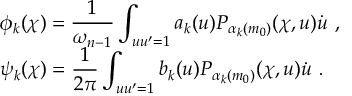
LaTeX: \begin{array} { l } { { \phi _ { k } ( \chi ) = \displaystyle \frac { 1 } { \omega _ { n - 1 } } \int _ { u u ^ { \prime } = 1 } a _ { k } ( u ) P _ { \alpha _ { k } ( m _ { 0 } ) } ( \chi , u ) \dot { u } ~ , } } \\ { { \psi _ { k } ( \chi ) = \displaystyle \frac { 1 } { 2 \pi } \int _ { u u ^ { \prime } = 1 } b _ { k } ( u ) P _ { \alpha _ { k } ( m _ { 0 } ) } ( \chi , u ) \dot { u } ~ . } } \end{array}